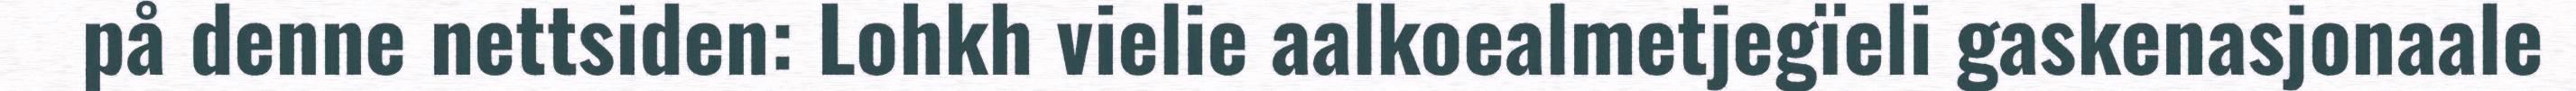
på denne nettsiden: Lohkh vielie aalkoealmetjegïeli gaskenasjonaale